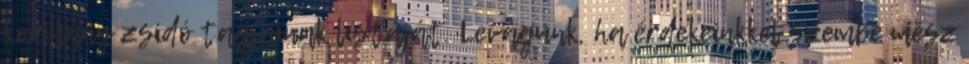
kormány zsidó tagjainak listáját. Levágunk, ha érdekeinkkel szembe mész